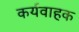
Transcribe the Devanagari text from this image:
कर्यवाहक